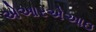
એઆરએઆઇ